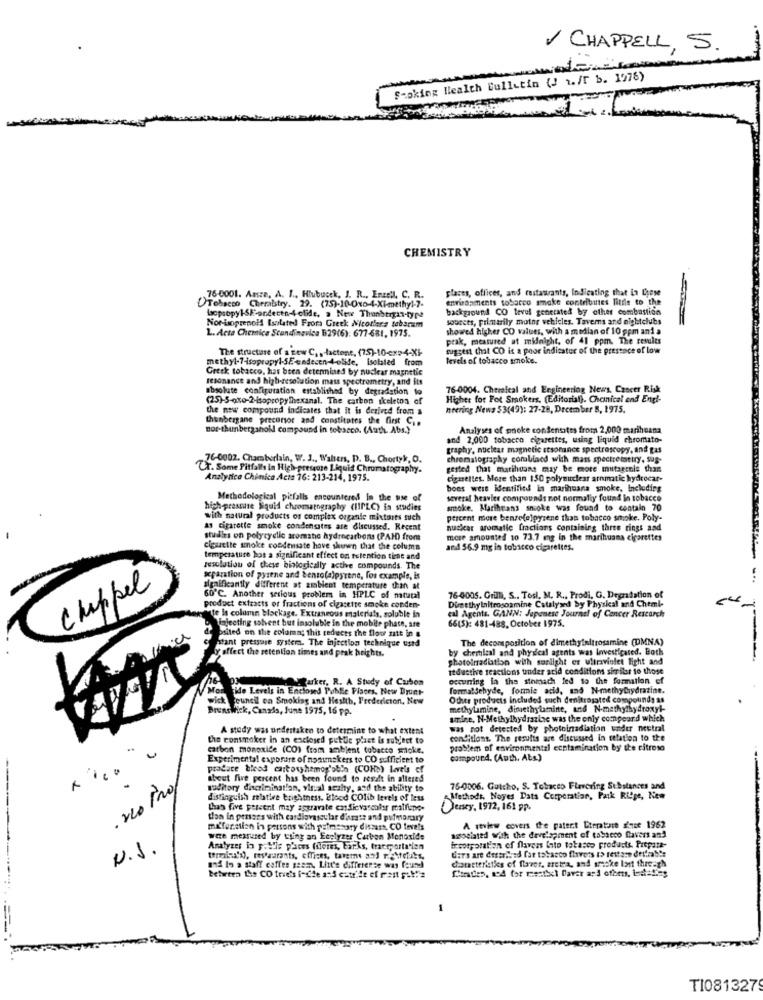
1 CHAPPELL, 5.
S-oking Wealth Bulletin (J ./r b. 1978)
CHEMISTRY
places, offices, and restaurants, Indicating that in Diese
76-0001. Aasre, A. J ., Hlubueck, J. R ., Enzell, C. R.
environments tobacco smoke contributes little to the
OTobacco Chemistry. 29. (75).10-010-4-Xi-methyl-7-
background CO level generated by other combustion
bacpropy HS/-ondecen-4olide, a New Thanbtrgan-type
Nor-Loprenoll Isolated From Greek Nicothers tobarmm
sources, primarily motor vehicles. Tavems and nightclubs
showed higher CO values, with a median of 10 gpm and a
L. Acta Chemica Scandinavica B29(6): 677-681, 1975.
peak, measured at midnight, of 41 ppm. The results
The structure of a gew C. ,- lactone, (75)-10-cx94-XF
suggest that CO ix a poor indicator of the presence of low
methyl-7-isopropyl-SEendecen-4-olife, Isolated from
levels of tobacco smoke.
Greek tobacco, has been determined by nuclear magnetic
resonance and high-resolution mass spectrometry, and itt
absolute configuration established by degradation to
76-0004. Chevaleal and Engineering News, Cancer Risk
(25)-5-qxo-2-isopropylhexanal. The carbon skeleton of
Higher for Fot Smokers. (Editorial). Chemical end Engi-
the new compound indicates that it is derived from a
neering News $3(49): 27-28, Dreember 8, 1975.
thunbergane precursor and constitutes the first C, .
nor-thunbergaholl compound in tobacco. (Auth. Abs.}
Analyses of onoke consensites from 2,000 marihuana
and 2,000 tobacco cigarettes, using liquid chromato-
graphy, nuclear magnetic stsonance spectroscopy, and gas
76-0002. Chamberlain, W. J ., Walters, P. B ., Chortyk, O.
chromatography combined with mass spectreisttry, sup-
Cr. Some Pitfalls in High-pressure Liquid Chromatography.
gested that marihuana may be more mutsernie than
Analytice Chimica Acta 76: 213-214, 1975.
cigarettes. More than 150 polymitclear aromatic hydrocar-
bons were identified in marihuana smoke, Including
Methodological pitfalls encountered In the use of
several heavier compounds not normally found in tobacco
high-pressure liquid chromatography (IIPLC) is studies
smoke. Marihuana snicke was found to contain 70
with natural products of complex organic mixtures such
percent more benzefelpyrene that tobacco smoke. Poly-
as cigarette smoke condensites are discussed. Recent
nuskar aromatic fractions containing three rings and
studies on polycyelle aromshe hydrocarbons (PAID) from
more amounted 10 73.7 mg in the marihuana cigarettes
cigarette smoke condensate have shown that the column
and 56.9 mg in tobacco cigarettes.
temperature hos a significant effect on tutention time and
resolution of these binlogically active compounds. The
xparation of pyrene and bento(a)pyrene, for example, is
Chippel
significantly different at ambient temperature than at
60℃. Another serious problem in HPLC of mtatal
76-4005. Grilli, S ., Tosl. M. R ., Prodi, G. Degradation of
product extracts of fractions of cigarette smoke conden-
te is column blockage. Extraneous materials, soluble in
Dimethylnitrosoamine Catalysed by Physical and Chemi-
--
Tajecting sohent but insoluble in the mobile phase, are
66(5): 481-488. October 1975.
cal Agents. GANN: Japanese Journal of Cancer Research
psited on the column; this reduces the floor att in a
stant pressure system. The injection technique used
The decomposition of dimethyfaitrosamine (DMNA)
by chemical and physical agents was Investigated. Both
affect the retention times and prak heights.
photoirradiation with sunlight er ultraviolet light and
Itductive reactions under acid conditions similar to those
Parker, R. A Study of Cubon
occurring in the stomach led to the formation of
ide Levels in Enclosed Pohle Places. New Dyunt-
formaldehyde, formie acid, and N-methybrydratine.
cuntil en Smoking and Health, Fredericton, New
Other products included such denitrasated compounds as
Brunswick, Canals, June 1975, 16 pp.
methylamine, dimethylamine, and N-methylhydroxyl-
smine, N-Methylhydrazine was the only compeand which
A study was undertaken to determine to what extent
was not detected by photoinadiation under neutral
the consmoker in an enclosed public plast is subject to
conditions. The results are discussed in relation to the
carbon monoxide (CO) from ambient tobacco sipke,
problem of environmental contamination by the citreso
Experimental exposure of nommakers to CO sufficient to
cumpourd. (Auth, Abs.)
pradace bleod carton hemoglobin (COHb) Levels of
Shout five percent has been found to result in alleres
woditory discrimination, viual scalty, and the ability to
76-0006. Gutcho, S. Tobacco Flavoring Substances and
distinguish relative brightness. Estood COlib levels of less
Methods. Noyes Dats Corporation, Paik Rige, Nem
La's five percent may aggravate endicvascular malfine-
Desey, 1972, 161 pP.
tion in pensers with cardiovascular d'orasz and pulmonary
A review covers the patent Literature s'est 1962
mi'function in persons with palmenary distans, CO teveis
were measured by tting an Ecplyzer Carbon Monoxide
associated With the development of tobacco favers and
N.J.
Analyzes in p. \'is p'aces (flores, Barks, transporta'len
ircorporation of flavess Into tobacco products. Prepara-
termina's), mostrarants, effices, taneme and r. \clubs,
ders are destroyed far tobacco flavors (> restare deifiable
and lo a staff coffee sesan, Litt'e differenze was found
diameteristks of flavor, aretra, and smoke lost thre-th
TI081327